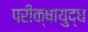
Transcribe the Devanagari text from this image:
परीक्षायुद्ध